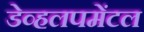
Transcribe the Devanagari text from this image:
डेव्हलपमेंटल